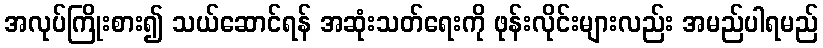
အလုပ်ကြိုးစား၍ သယ်ဆောင်ရန် အဆုံးသတ်ရေးကို ဖုန်းလိုင်းများလည်း အမည်ပါရမည်